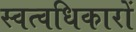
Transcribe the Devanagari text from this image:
स्वत्वधिकारों